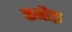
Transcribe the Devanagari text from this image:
कनौड़ा